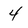
Character: 4